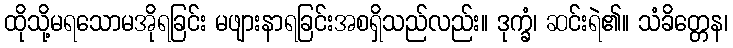
ထိုသို့မရသောမအိုရခြင်း မဖျားနာရခြင်းအစရှိသည်လည်း။ ဒုက္ခံ၊ ဆင်းရဲ၏။ သံခိတ္တေန၊